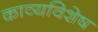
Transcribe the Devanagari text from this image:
काव्यविशेष